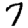
Digit: 7